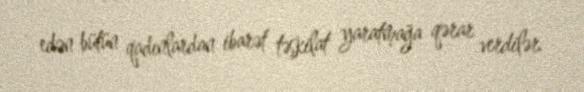
edən bütün qadınlardan ibarət təşkilat yaratmağa qərar verdilər.